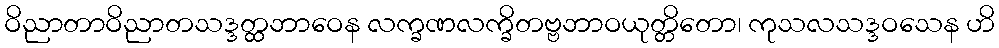
ဝိညာတာဝိညာတသဒ္ဒတ္ထဘာဝေန လက္ခဏလက္ခိတဗ္ဗဘာဝယုတ္တိတော၊ ကုသလသဒ္ဒဝသေန ဟိ